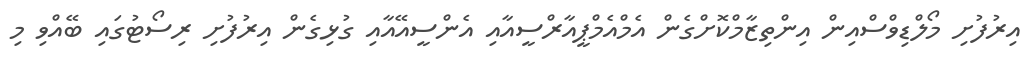
އިރުފުށި މޯލްޑިވްސްްއިން އިންތިޒާމްކޮށްގެން އެމްއެމްޕީއާރްސީއާއި އެންސީއޭއާއި ގުޅިގެން އިރުފުށި ރިސޯޓުގައި ބޭއްވި މި